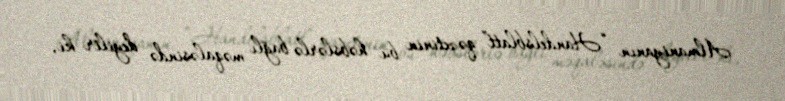
Almaniyanın “Handelsblatt” qəzetinin bu həbslərlə bağlı məqaləsində deyilir ki,